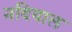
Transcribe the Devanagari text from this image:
नदियाल